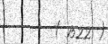
( 1522 )